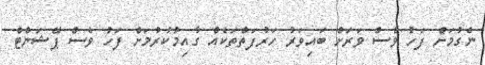
ނެގުމަށް ފަހު ވެސް ވަރަށް ބައިވަރު ހަރުފަތްތަކެއް ގާއިމުކުރުމަށް ފަހު ވެސް ޕޭޝަންޓް